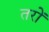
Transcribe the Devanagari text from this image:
तरों